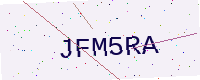
Text: JFM5RA